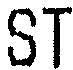
ST